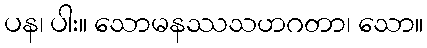
ပန၊ ပါး။ သောမနဿသဟဂတာ၊ သော။